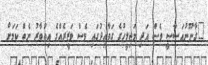
"ގާނޫނުއަސާސީ ވެސް އަދި މަޖިލީހުގެ ގަވާއިދުގައި ވެސް ވަޒީރެއްގެ އިތުބާރު ނެތް ކަމަށް